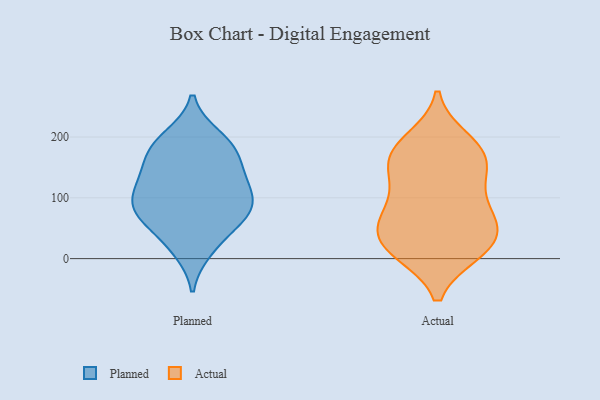
{"axis": {"x": "Backlog", "y": "Value"}, "legend": ["Actual", "Planned"], "data": [{"x": "", "y": 179, "type": "Planned"}, {"x": "", "y": 167, "type": "Planned"}, {"x": "", "y": 122, "type": "Planned"}, {"x": "", "y": 14, "type": "Planned"}, {"x": "", "y": 78, "type": "Planned"}, {"x": "", "y": 74, "type": "Planned"}, {"x": "", "y": 115, "type": "Planned"}, {"x": "", "y": 195, "type": "Planned"}, {"x": "", "y": 70, "type": "Planned"}, {"x": "", "y": 64, "type": "Planned"}, {"x": "", "y": 128, "type": "Planned"}, {"x": "", "y": 94, "type": "Planned"}, {"x": "", "y": 25, "type": "Planned"}, {"x": "", "y": 85, "type": "Planned"}, {"x": "", "y": 172, "type": "Planned"}, {"x": "", "y": 135, "type": "Planned"}, {"x": "", "y": 200, "type": "Planned"}, {"x": "", "y": 57, "type": "Actual"}, {"x": "", "y": 11, "type": "Actual"}, {"x": "", "y": 173, "type": "Actual"}, {"x": "", "y": 196, "type": "Actual"}, {"x": "", "y": 10, "type": "Actual"}, {"x": "", "y": 12, "type": "Actual"}, {"x": "", "y": 52, "type": "Actual"}, {"x": "", "y": 69, "type": "Actual"}, {"x": "", "y": 135, "type": "Actual"}, {"x": "", "y": 92, "type": "Actual"}, {"x": "", "y": 15, "type": "Actual"}, {"x": "", "y": 42, "type": "Actual"}, {"x": "", "y": 188, "type": "Actual"}, {"x": "", "y": 108, "type": "Actual"}, {"x": "", "y": 56, "type": "Actual"}, {"x": "", "y": 164, "type": "Actual"}, {"x": "", "y": 166, "type": "Actual"}, {"x": "", "y": 143, "type": "Actual"}]}